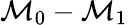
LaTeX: \mathcal{M}_{0}-\mathcal{M}_{1}